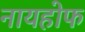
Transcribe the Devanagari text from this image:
नायहोफ